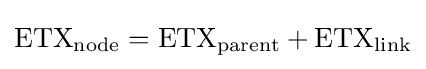
\mathrm {ETX_{node}} =\mathrm {ETX_{parent}} +\mathrm {ETX_{link}}